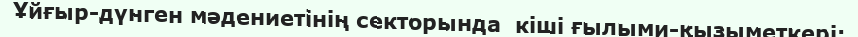
Ұйғыр-дүнген мәдениетінің секторында  кіші ғылыми-қызыметкері;